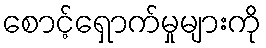
စောင့်ရှောက်မှုများကို